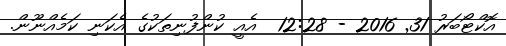
އޮކްޓޯބަރު 31